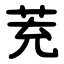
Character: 茺